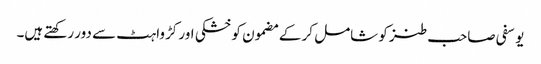
یوسفی صاحب طنز کو شامل کر کے مضمون کو خشکی اور کڑواہٹ سے دور رکھتے ہیں۔